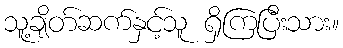
သူ့ချိတ်ဆက်နှင့်သူ ရှိကြပြီးသား။